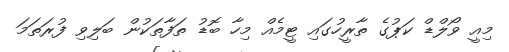
މިއީ ވޯލްޑް ކަޕުގެ ތާރީހުގައި ޓީމެއް މިހާ ބޮޑު ތަފާތަކުން ބަލިވި ފުރަތަމަ